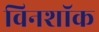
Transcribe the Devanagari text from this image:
विनशॉक